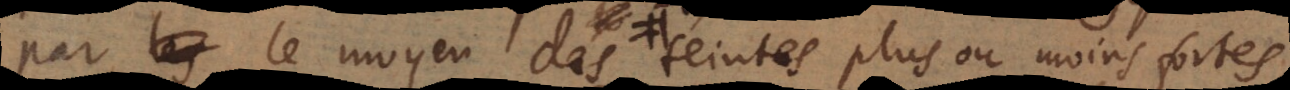
ombrages et des teintes plus ou moins fortes